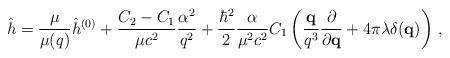
LaTeX: \begin{align*}\hat h = \frac{\mu}{\mu(q)}\hat h^{(0)} + \frac{C_2-C_1}{\mu c^2}\frac{\alpha^2}{q^2} + \frac{\hbar^2}{2}\frac{\alpha}{\mu^2c^2}C_1\left(\frac{{\bf q}}{q^3}\frac{\partial}{\partial{\bf q}} + 4\pi\lambda\delta({\bf q})\right)\,,\end{align*}